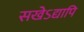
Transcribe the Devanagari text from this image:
सखेऽद्यापि